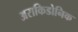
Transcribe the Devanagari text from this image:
अराकिडोनिक